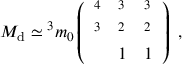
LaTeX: M _ { \mathrm { d } } \simeq \l ^ { 3 } m _ { 0 } \left( \begin{array} { l l l } { { \l ^ { 4 } } } & { { \l ^ { 3 } } } & { { \l ^ { 3 } } } \\ { { \l ^ { 3 } } } & { { \l ^ { 2 } } } & { { \l ^ { 2 } } } \\ { { \l } } & { { 1 } } & { { 1 } } \end{array} \right) \ ,